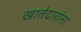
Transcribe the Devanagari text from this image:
खातेदारांना